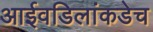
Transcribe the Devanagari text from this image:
आईवडिलांकडेच